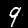
Label: 9